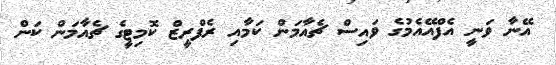
އޭނާ ވަނީ އެފްއޭއެމުގެ ވައިސް ޗެއާމަން ކަމާއި ރެފްރީޒް ކޮމިޓީގެ ޗެއާމަން ކަން